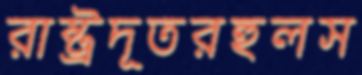
রাষ্ট্রদূতরহুলস